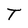
Character: T